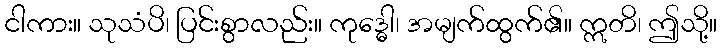
ငါကား။ သုသံပိ၊ ပြင်းစွာလည်း။ ကုဒ္ဓေါ၊ အမျက်ထွက်၏။ ဣတိ၊ ဤသို့။